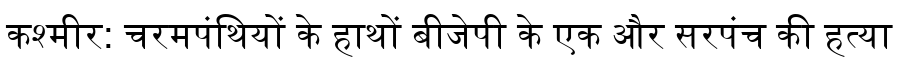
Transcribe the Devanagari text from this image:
कश्मीर: चरमपंथियों के हाथों बीजेपी के एक और सरपंच की हत्या